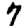
Digit: 7